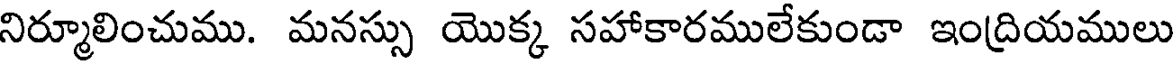
నిర్మూలించుము. మనస్సు యొక్క సహాకారములేకుండా ఇంద్రియములు